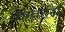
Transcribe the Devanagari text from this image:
कंवर्टर्स